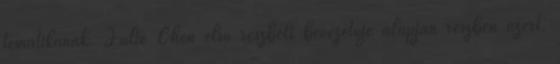
tematikának. Julie Chen első részbeli bevezetője alapján részben azért,